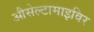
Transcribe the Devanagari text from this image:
औसेल्टामाइविर